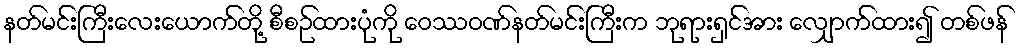
နတ်မင်းကြီးလေးယောက်တို့ စီစဉ်ထားပုံကို ဝေဿဝဏ်နတ်မင်းကြီးက ဘုရားရှင်အား လျှောက်ထား၍ တစ်ဖန်